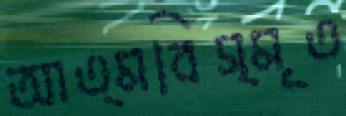
আত্মবিস্মৃত